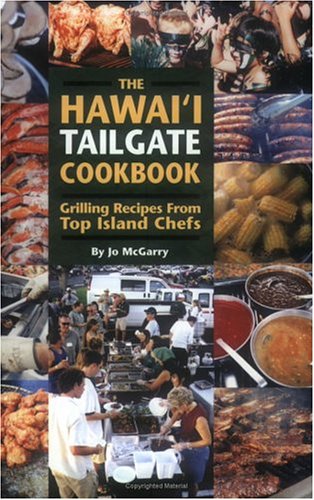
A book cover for The Hawai'i Tailgate Cookbook; Jo McGarry; Cookbooks, Food & Wine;